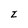
Character: Z